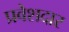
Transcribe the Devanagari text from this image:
प्रवेशदार